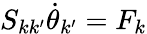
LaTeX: S_{kk^{\prime}}\dot{\theta}_{k^{\prime}}=F_{k}